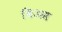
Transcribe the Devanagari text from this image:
बिअस